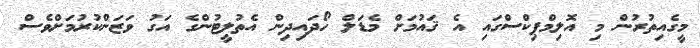
މީގެއިތުރުން މި އޮލިމްޕިކްސްގައި އެ ޤައުމަށް މެޑަލް ހޯދައިދިން އެތުލީޓުންގެ އަގު ވަޒަންކުރުމަށްވެސް